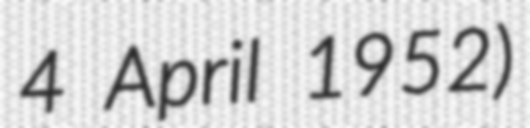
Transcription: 4 April 1952)